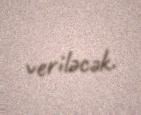
veriləcək.